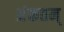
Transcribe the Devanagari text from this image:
अंकतन्